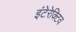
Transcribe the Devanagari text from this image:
इंटेरेक्टिव